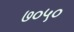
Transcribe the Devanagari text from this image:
७०५०